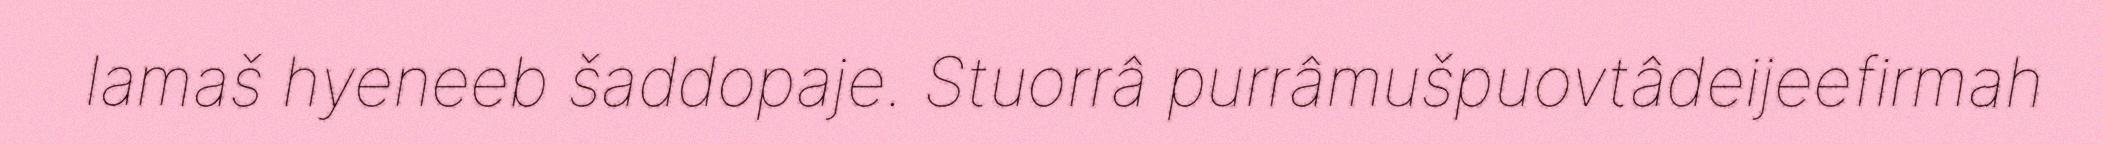
lamaš hyeneeb šaddopaje. Stuorrâ purrâmušpuovtâdeijeefirmah